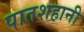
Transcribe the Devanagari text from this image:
पातशहानी